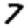
Digit: 7